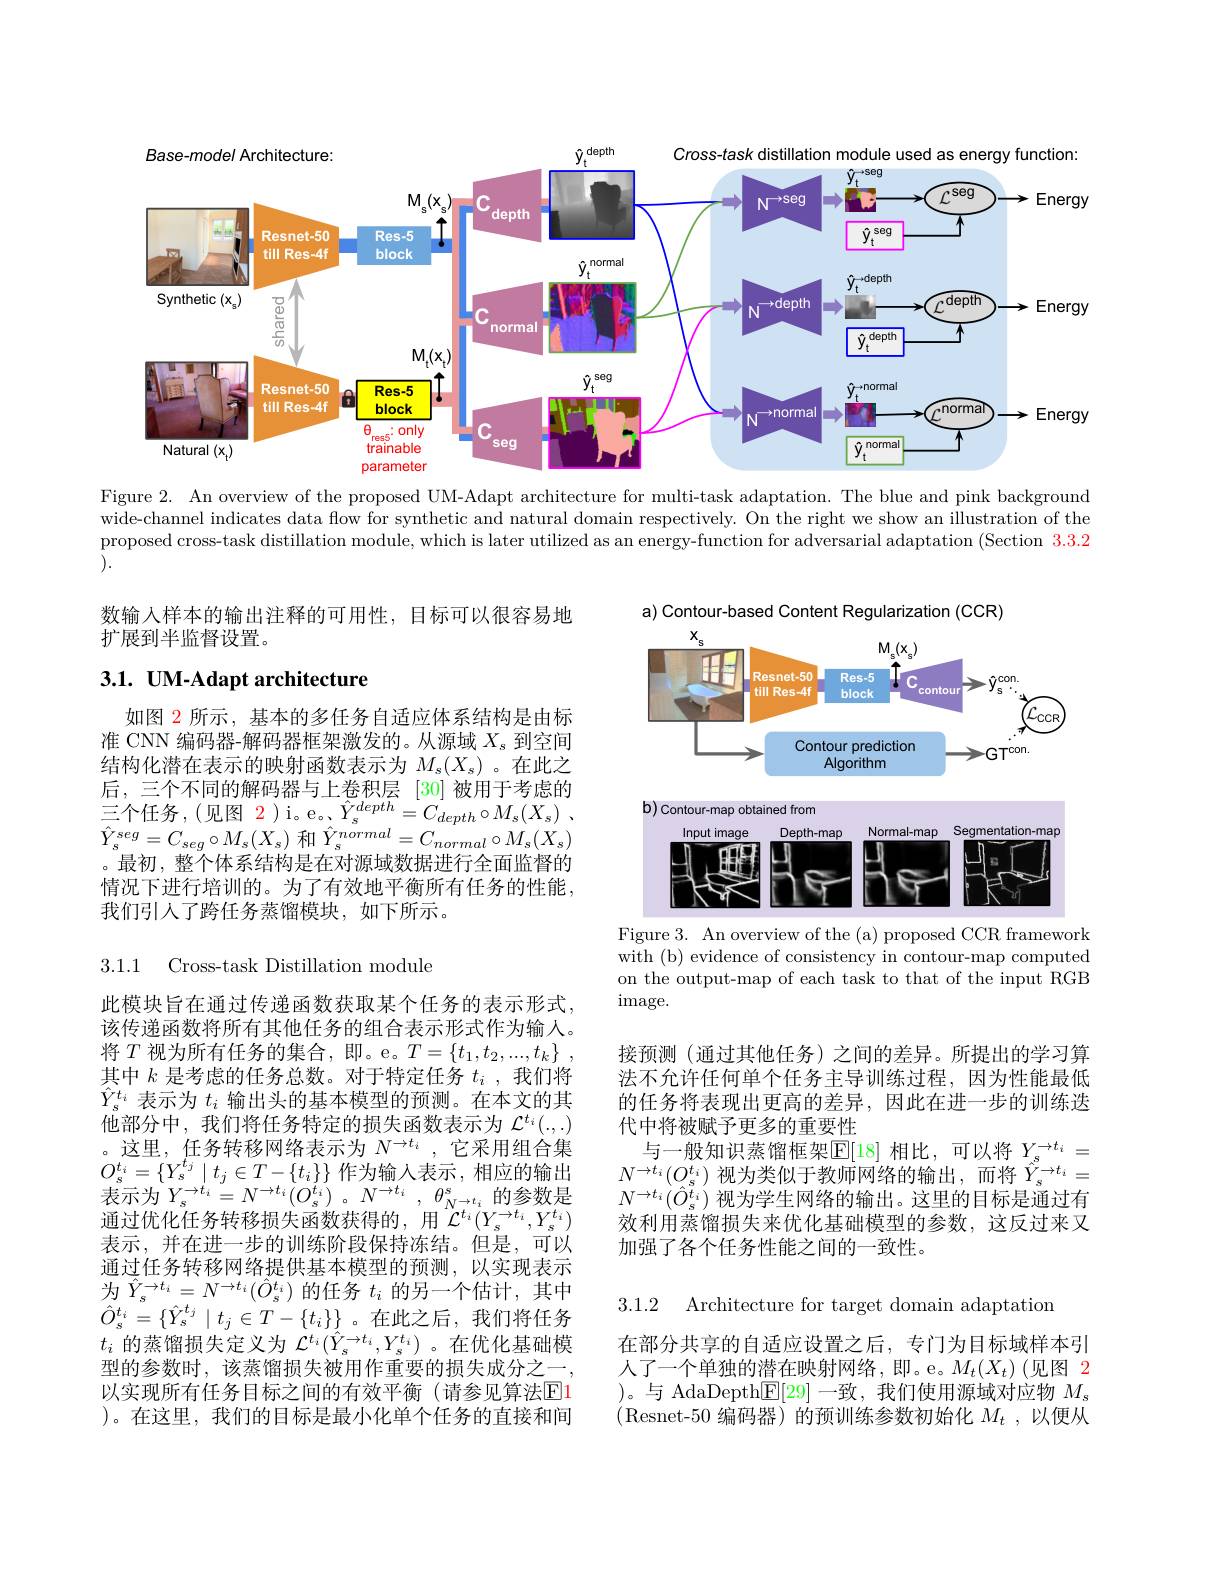
<FigureHere>

Figure 2. An overview of the proposed UM-Adapt architecture for multi-task adaptation. The blue and pink background wide-channel indicates data flow for synthetic and natural domain respectively. On the right we show an illustration of the proposed cross-task distillation module, which is later utilized as an energy-function for adversarial adaptation (Section $\color{red}3.3.2$ ).

数输入样本的输出注释的可用性，目标可以很容易地
扩展到半监督设置。

## 3.1. UM-Adapt architecture

如图 2 所示 , 基本的多任务自适应体系结构是由标准 CNN 编码器-解码器框架激发的。从源域$X_\mathrm{s}$到空间结构化潜在表示的映射函数表示为$M_s(X_s)$ 。在此之后，三个不同的解码器与上卷积层[30]被用于考虑的$\hat{Y}_{s}^{seg}=C_{seg}\circ M_{s}(X_{s})$和$\hat{Y}_{s}^{normal}=C_{normal}\circ M_{s}(X_{s})$ 。最初，整个体系结构是在对源域数据进行全面监督的情况下进行培训的。为了有效地平衡所有任务的性能， 我们引人了跨任务蒸馏模块，如下所示。

3.1.1 Cross-task Distillation module

此模块旨在通过传递函数获取某个任务的表示形式， 该传递函数将所有其他任务的组合表示形式作为输人。将$T$视为所有任务的集合，即。e。$T= \{ t_1, t_2, . . . , t_k\}$ , 其中$k$是考虑的任务总数。对于特定任务$t_i$ ,我们将$\hat{Y}_{s}^{t_{i}}$表示为$t_i$输出头的基本模型的预测。在本文的其他部分中，我们将任务特定的损失函数表示为$\mathcal{L}^{t_i}(.,.)$ 。这里，任务转移网络表示为$N^\to t_i$ ,它采用组合集$O_{s}^{t_i}=\{Y_{s}^{t_j}\mid t_{j}\in T-\{t_{i}\}\}$作为输入表示，相应的输出表示为$Y_{s}^{\rightarrow t_{i}}= N^{\rightarrow t_{i}}( O_{s}^{t_{i}})$ $。N^{\rightarrow t_{i}}$ , $\theta _{N^{s}\rightarrow t_{i}}^{s}$的参数是通过优化任务转移损失函数获得的，用$\mathcal{L}^t_i(Y_s^{\rightarrow t_i},Y_s^{t_i})$ 表示，并在进一步的训练阶段保持冻结。但是，可以通过任务转移网络提供基本模型的预测，以实现表示为$\hat{Y}_{s}^{\rightarrow t_{i}}=N^{\rightarrow t_{i}}(\hat{O}_{s}^{t_{i}})$的任务$t_{i}$的另一个估计，其中$\hat{O}_{s}^{t_i}=\{\hat{Y}_{s}^{t_j}\mid t_{j}\in T-\{t_{i}\}\}$。在此之后，我们将任务$t_i$的蒸馏损失定义为$\mathcal{L}^t_i(\hat{Y}_s^{\rightarrow t_i},Y_s^{t_i})$。在优化基础模型的参数时，该蒸馏损失被用作重要的损失成分之一， 以实现所有任务目标之间的有效平衡(请参见算法$\color{red}{\mathrm{E}}\color{blue}{\mathrm{E}}\color{red}{\mathrm{E}}\color{red}{\mathrm{E}}\color{red}{\mathrm{E}}\color{red}{\mathrm{E}}\color{red}{\mathrm{E}}\color{red}{\mathrm{E}}\color{red}{\mathrm{E}}\color{red}{\mathrm{E}}\color{red}{\mathrm{E}}\color\color{red}{\mathrm{E}}\color{red}{\mathrm{E}}\color{red}{\mathrm{E}}\color{red}{\mathrm{E}}\color{red}{\mathrm{E}}\color{red}{\mathrm{E}}\color{red}{\mathrm{E}}\color{red}{\mathrm{E}}\color{red}{\operatorname*{E}}\color{red}{\mathrm{$ )。在这里，我们的目标是最小化单个任务的直接和间

a) Contour-based Content Regularization (CCR)
<FigureHere>

Figure 3. An overview of the (a) proposed CCR framework with (b) evidence of consistency in contour-map computed on the output-map of each task to that of the input RGB image.

接预测(通过其他任务)之间的差异。所提出的学习算法不允许任何单个任务主导训练过程，因为性能最低的任务将表现出更高的差异，因此在进一步的训练迭代中将被赋予更多的重要性
与一般知识蒸馏框架$\mathbb{E}[18]$ 相比，可以将 $Y_s^\to t_i=$ $N^{\rightarrow t_{i}}(O_{\hat{s}}^{t_{i}})$视为类似于教师网络的输出，而将$\hat{Y}_{s}^{\rightarrow t_{i}}=$ $N^{\rightarrow t_i}(\hat{O}_s^{t_i})$视为学生网络的输出。这里的目标是通过有效利用蒸馏损失来优化基础模型的参数，这反过来又加强了各个任务性能之间的一致性。

3.1.2 Architecture for target domain adaptation

在部分共享的自适应设置之后，专门为目标域样本引人了一个单独的潜在映射网络，即。e。$M_t(X_t)$(见图 2 )。与 AdaDepth$\underline{\mathrm{E}}[29]$一致，我们使用源域对应物$M_s$ (Resnet-50 编码器)的预训练参数初始化$M_t$ ,以便从